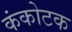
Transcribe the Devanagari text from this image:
कंकोटक